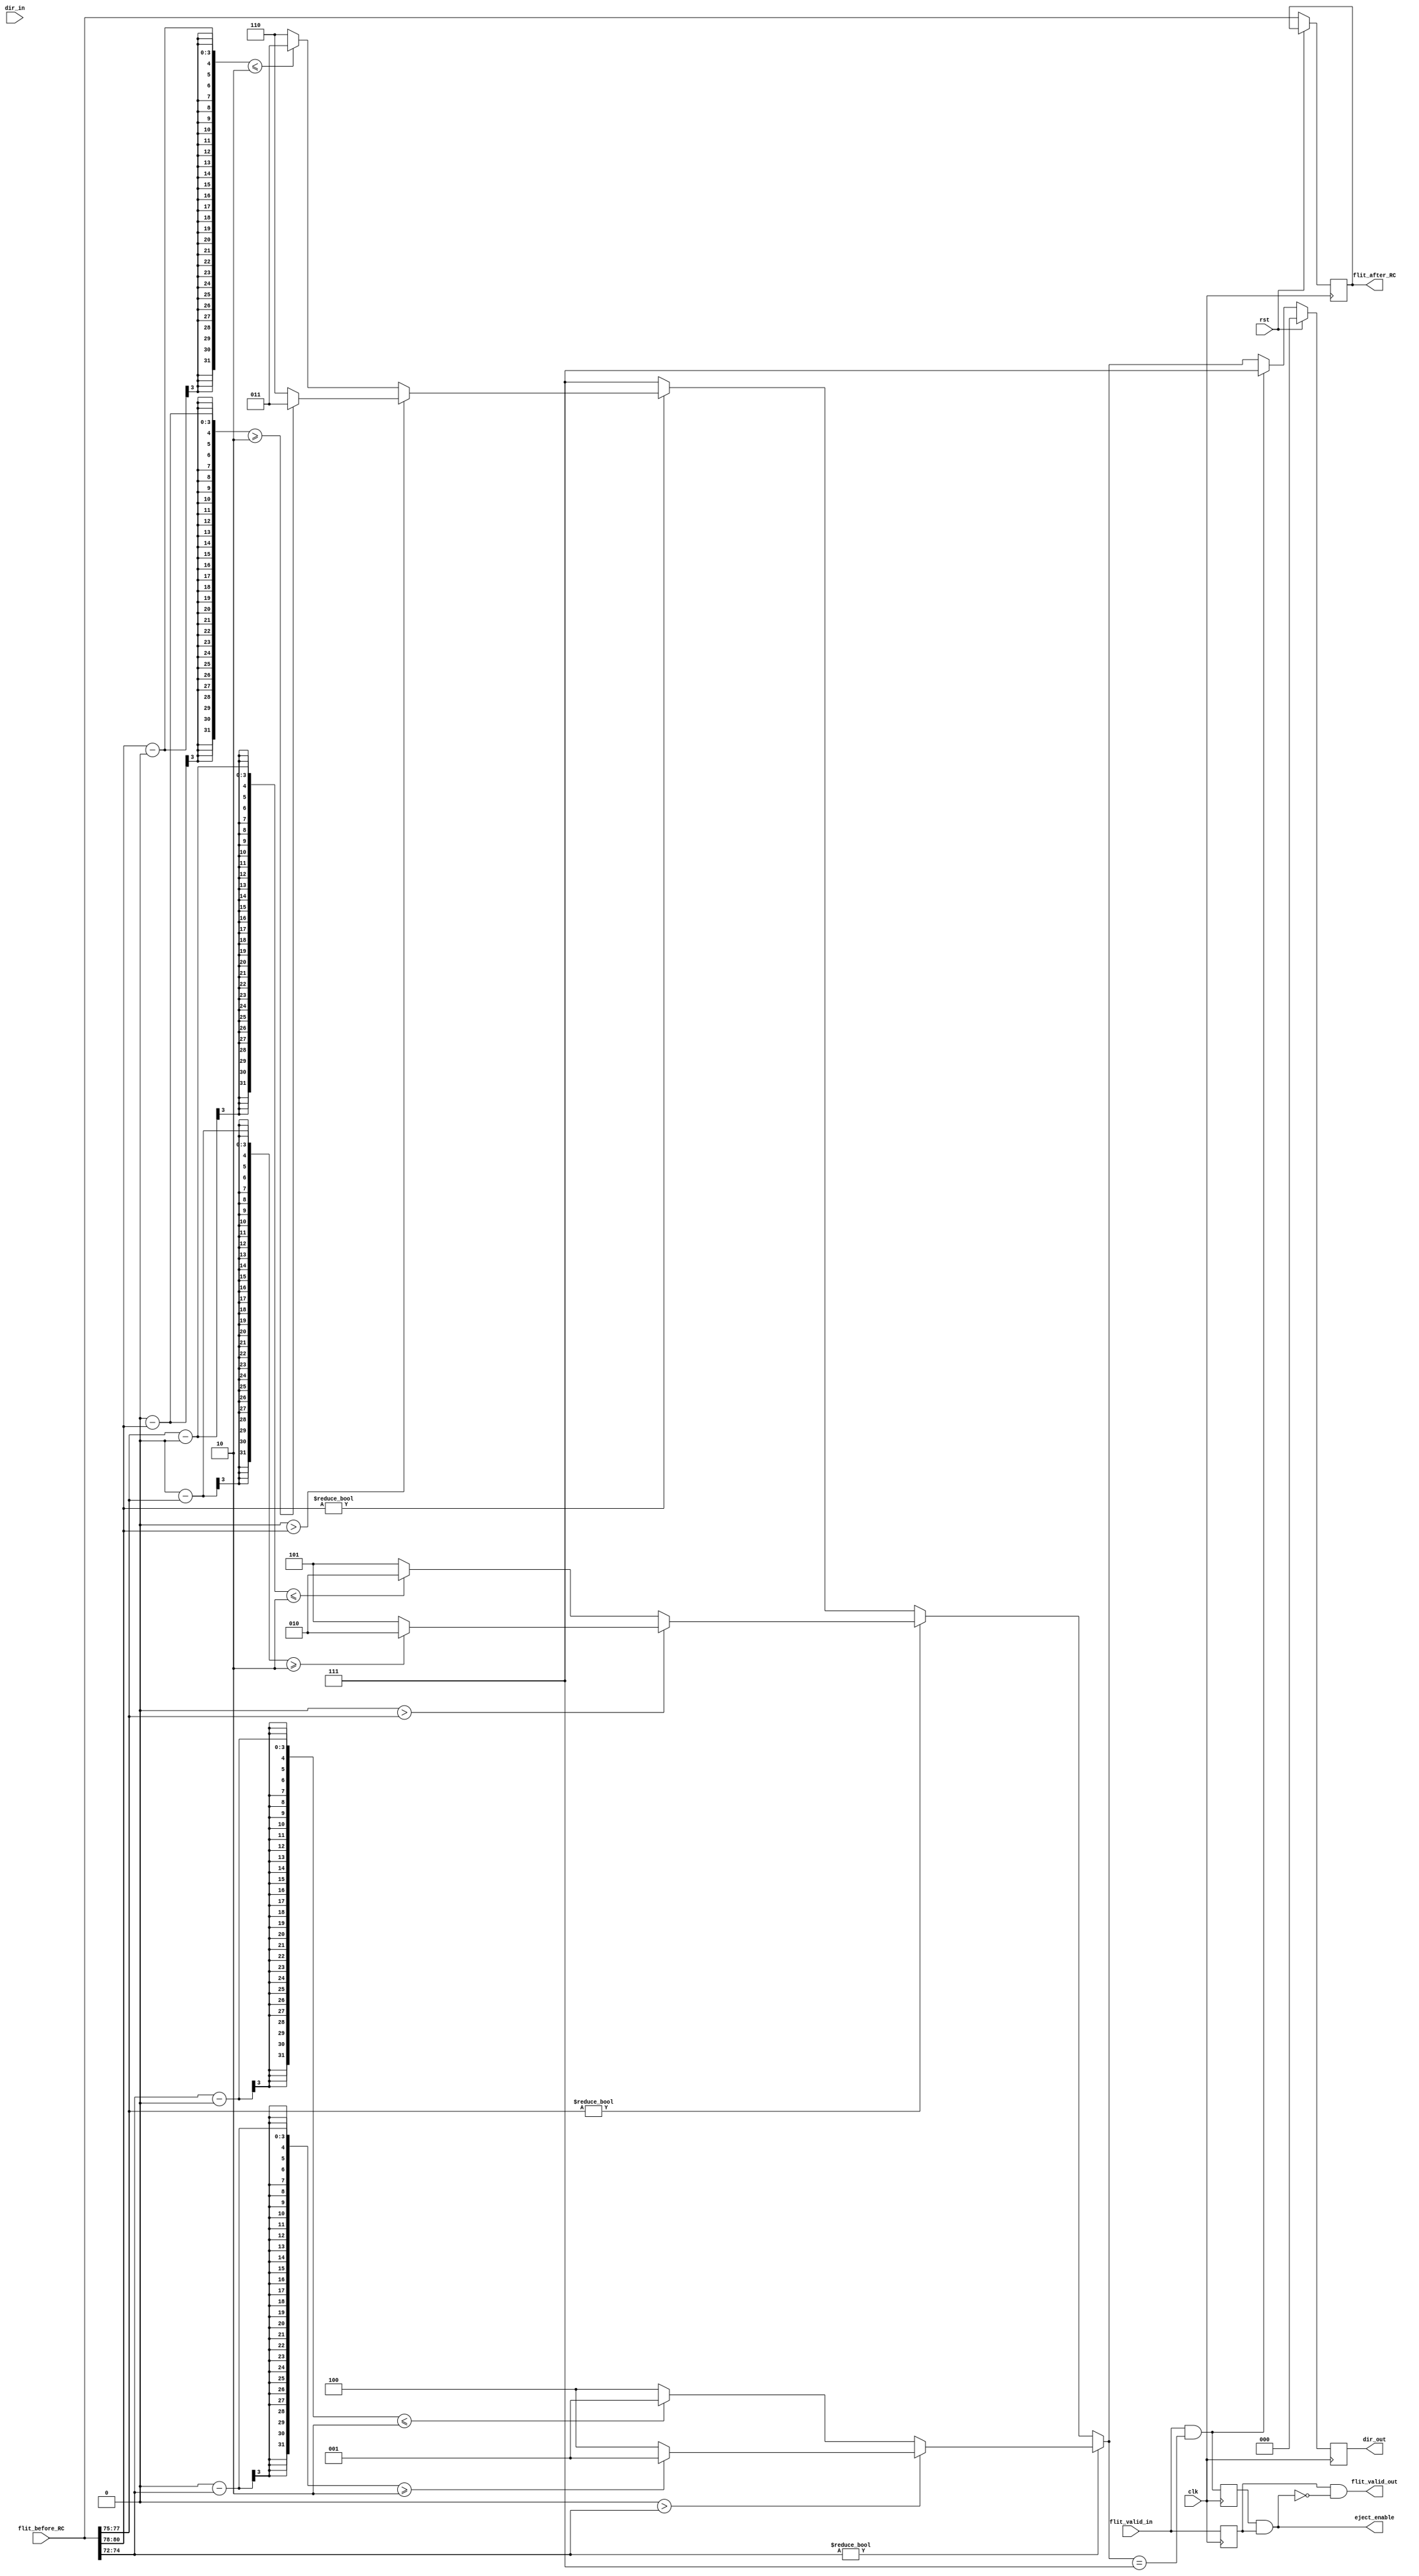
module route_comp
#(
    parameter cur_x = 0,
    parameter cur_y = 0,
    parameter cur_z = 0,
	 parameter DstPos = 72,
	 parameter DstWidth = 9,
	 parameter Dst_XWidth = 3,
	 parameter ValidBitPos = 81,
	 parameter lg_numprocs = 3
)(
    input clk,
    input rst,
    input flit_valid_in,
    input [FlitChildWidth-1:0] flit_before_RC, 
    input [2 : 0] dir_in,
    output reg [FlitChildWidth-1:0] flit_after_RC,
    output flit_valid_out,
    output reg [2 : 0] dir_out, //this is going to hold until next head
    output eject_enable
);

	 localparam num_procs = 1 << lg_numprocs;

	 localparam FlitWidth = ValidBitPos + 1;

	 localparam ChildrenPos=ValidBitPos+1;
	 localparam ChildrenWidth=lg_numprocs;
	 
	 localparam FlitChildWidth = FlitWidth+ChildrenWidth;


	 localparam XSIZE=4'd4;  
	 localparam YSIZE=4'd4;  
	 localparam ZSIZE=4'd4;   
	 localparam DIR_INJECT=3'd0;
	 localparam DIR_XPOS=3'd1;
	 localparam DIR_YPOS=3'd2;
	 localparam DIR_ZPOS=3'd3;
	 localparam DIR_XNEG=3'd4;
	 localparam DIR_YNEG=3'd5;
	 localparam DIR_ZNEG=3'd6;
	 localparam DIR_EJECT=3'd7;

	 localparam ROUTE_LEN = 3;
	 localparam PORT_NUM = 6;

    wire [Dst_XWidth - 1 : 0] dst_x;
    wire [Dst_XWidth - 1 : 0] dst_y;
    wire [Dst_XWidth - 1 : 0] dst_z;
    reg [ROUTE_LEN - 1:0] dir;

	 assign {dst_z, dst_y, dst_x} = flit_before_RC[DstPos+DstWidth-1:DstPos];
	  
	 
	 wire ejecting = ((flit_valid_in) && (dir == DIR_EJECT));
	 reg ejecting_delay;
	 reg flit_valid_in_reg;
	 
    always@(posedge clk) begin
        ejecting_delay <= ejecting;
    end
	 
    assign eject_enable = ejecting_delay && flit_valid_in_reg;

    always@(posedge clk) begin
        flit_valid_in_reg <= flit_valid_in;
    end

    assign flit_valid_out = flit_valid_in_reg && ~eject_enable;

    always@(posedge clk) begin
        if(rst) begin
            dir_out<=0;
        end
        else if(~ejecting) begin
//FARTHEST_FIRST
				flit_after_RC <= flit_before_RC;//[FlitWidth - 1 : FlitWidth - HEADER_LEN], new_VC_class, flit_before_RC[DST_ZPOS : CMP_POS + 1], nxt_priority_field, flit_before_RC[CMP_POS - CMP_LEN : 0]};
            dir_out<=dir;
        end
        else begin //dir equals to eject port
            flit_after_RC <= flit_before_RC;//[FlitWidth - 1 : FlitWidth - HEADER_LEN], new_VC_class, flit_before_RC[FlitWidth - HEADER_LEN - 2  : 0]};
            dir_out <= DIR_EJECT;
        end
    end



// DOR_XYZ
    //for simplicity start with xyz routing first
    always@(*) begin
        if(cur_x != dst_x) begin
            if(cur_x > dst_x) begin
                dir = (cur_x - dst_x >= XSIZE/2)? DIR_XPOS : DIR_XNEG;
            end
            else begin
                dir = (dst_x - cur_x <= XSIZE/2)? DIR_XPOS : DIR_XNEG;
            end
        end
        else if(cur_y != dst_y) begin
            if(cur_y > dst_y) begin
                dir = (cur_y - dst_y >= YSIZE/2)? DIR_YPOS : DIR_YNEG;
            end
            else begin
                dir = (dst_y - cur_y <= YSIZE/2)? DIR_YPOS : DIR_YNEG;
            end
        end
        else if(cur_z != dst_z) begin
            if(cur_z > dst_z) begin
                dir = (cur_z - dst_z >= ZSIZE/2)? DIR_ZPOS : DIR_ZNEG;
            end
            else begin
                dir = (dst_z - cur_z <= ZSIZE/2)? DIR_ZPOS : DIR_ZNEG;
            end
        end
        else begin
            dir = DIR_EJECT;
        end
    end

endmodule